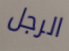
الرجل